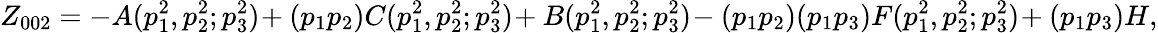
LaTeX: Z_{002}=-A(p_{1}^{2},p_{2}^{2};p_{3}^{2})\! +(p_{1}p_{2})C(p_{1}^{2},p_{2}^{2};p_{3}^{2})\! +B(p_{1}^{2},p_{2}^{2};p_{3}^{2})\! -(p_{1}p_{2})(p_{1}p_{3})F(p_{1}^{2},p_{2}^{2};p_{3}^{2})\! +(p_{1}p_{3})H,